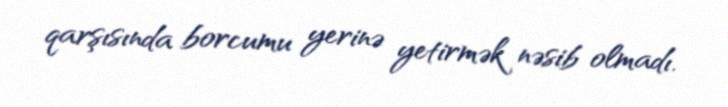
qarşısında borcumu yerinə yetirmək nəsib olmadı.